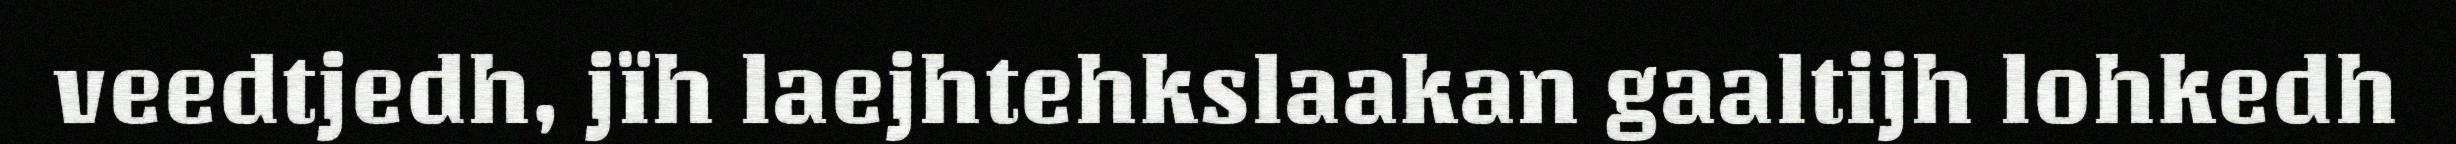
veedtjedh, jïh laejhtehkslaakan gaaltijh lohkedh